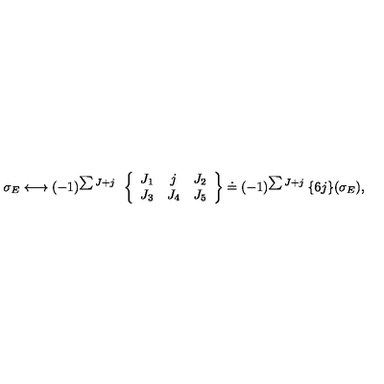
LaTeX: \sigma _ { E } \longleftrightarrow ( - 1 ) ^ { \sum J + j } \: \: \left\{ \begin{array} { c c c } { J _ { 1 } } & { j } & { J _ { 2 } } \\ { J _ { 3 } } & { J _ { 4 } } & { J _ { 5 } } \\ \end{array} \right\} \doteq ( - 1 ) ^ { \sum J + j } \: \{ 6 j \} ( \sigma _ { E } ) ,